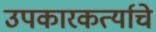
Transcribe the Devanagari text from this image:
उपकारकर्त्याचे